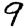
Digit: 9